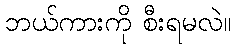
ဘယ်ကားကို စီးရမလဲ။